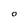
Character: 0